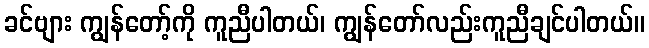
ခင်ဗျား ကျွန်တော့်ကို ကူညီပါတယ်၊ ကျွန်တော်လည်းကူညီချင်ပါတယ်။